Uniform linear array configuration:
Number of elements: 8
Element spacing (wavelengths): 0.25
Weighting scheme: hann
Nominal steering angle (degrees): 15
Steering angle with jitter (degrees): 15.58
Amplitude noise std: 0.05
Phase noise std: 0.05

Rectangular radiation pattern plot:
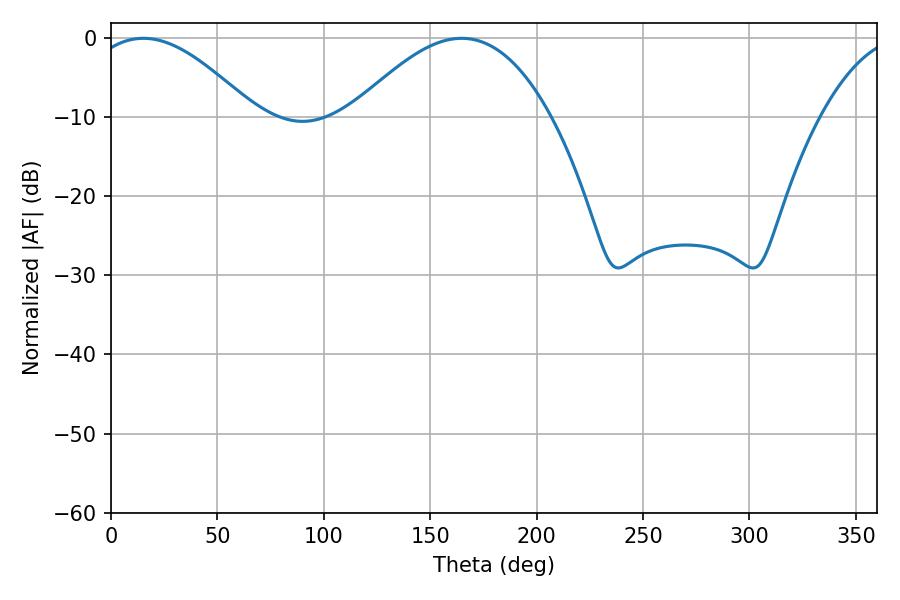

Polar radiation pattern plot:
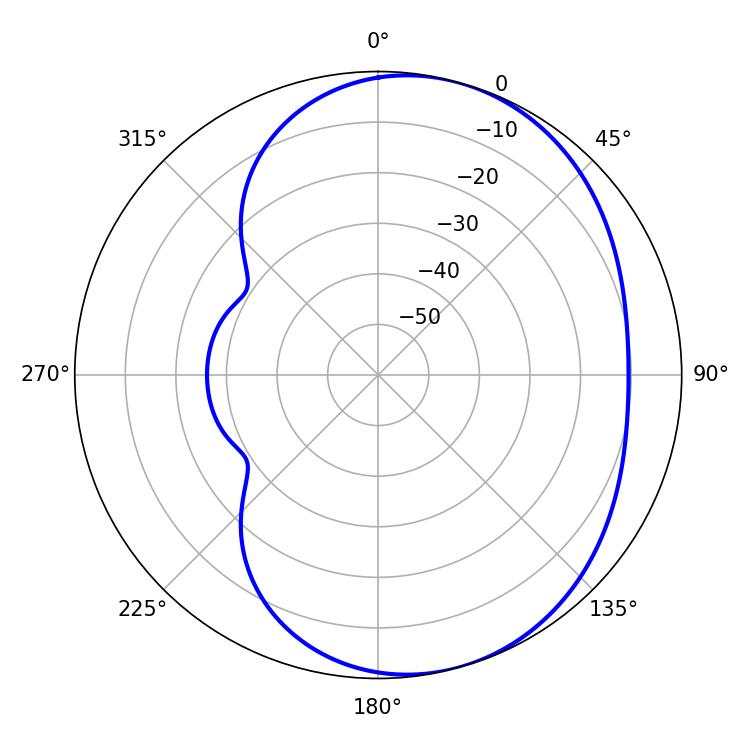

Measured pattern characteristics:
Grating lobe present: FALSE
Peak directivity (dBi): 5.074
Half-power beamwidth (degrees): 42.48
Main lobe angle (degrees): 15.3